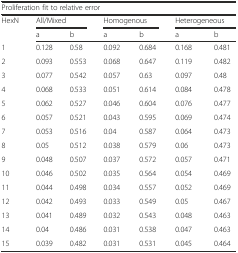
<table><thead><tr><td colspan="7"><b>Proliferation fit to relative error</b></td></tr><tr><td rowspan="2"><b>HexN</b></td><td colspan="2"><b>All/Mixed</b></td><td colspan="2"><b>Homogenous</b></td><td colspan="2"><b>Heterogeneous</b></td></tr><tr><td><b>a</b></td><td><b>b</b></td><td><b>a</b></td><td><b>b</b></td><td><b>a</b></td><td><b>b</b></td></tr></thead><tbody><tr><td>1</td><td>0.128</td><td>0.58</td><td>0.092</td><td>0.684</td><td>0.168</td><td>0.481</td></tr><tr><td>2</td><td>0.093</td><td>0.553</td><td>0.068</td><td>0.647</td><td>0.119</td><td>0.482</td></tr><tr><td>3</td><td>0.077</td><td>0.542</td><td>0.057</td><td>0.63</td><td>0.097</td><td>0.48</td></tr><tr><td>4</td><td>0.068</td><td>0.533</td><td>0.051</td><td>0.614</td><td>0.084</td><td>0.478</td></tr><tr><td>5</td><td>0.062</td><td>0.527</td><td>0.046</td><td>0.604</td><td>0.076</td><td>0.477</td></tr><tr><td>6</td><td>0.057</td><td>0.521</td><td>0.043</td><td>0.595</td><td>0.069</td><td>0.474</td></tr><tr><td>7</td><td>0.053</td><td>0.516</td><td>0.04</td><td>0.587</td><td>0.064</td><td>0.473</td></tr><tr><td>8</td><td>0.05</td><td>0.512</td><td>0.038</td><td>0.579</td><td>0.06</td><td>0.473</td></tr><tr><td>9</td><td>0.048</td><td>0.507</td><td>0.037</td><td>0.572</td><td>0.057</td><td>0.471</td></tr><tr><td>10</td><td>0.046</td><td>0.502</td><td>0.035</td><td>0.564</td><td>0.054</td><td>0.469</td></tr><tr><td>11</td><td>0.044</td><td>0.498</td><td>0.034</td><td>0.557</td><td>0.052</td><td>0.469</td></tr><tr><td>12</td><td>0.042</td><td>0.493</td><td>0.033</td><td>0.549</td><td>0.05</td><td>0.467</td></tr><tr><td>13</td><td>0.041</td><td>0.489</td><td>0.032</td><td>0.543</td><td>0.048</td><td>0.463</td></tr><tr><td>14</td><td>0.04</td><td>0.486</td><td>0.031</td><td>0.538</td><td>0.047</td><td>0.463</td></tr><tr><td>15</td><td>0.039</td><td>0.482</td><td>0.031</td><td>0.531</td><td>0.045</td><td>0.464</td></tr></tbody></table>